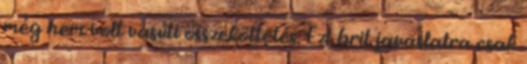
még nem volt vasúti összeköttetés. Ezt brit javaslatra csak